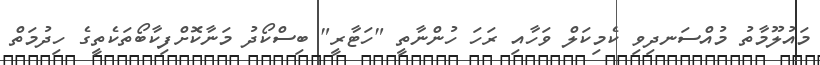
މައުލޫމާތު މުއްސަނދިވި ކެމިކަލް ވަހާއި ރަހަ ހުންނާތީ "ހަޓާރީ" ބިސްކޯދު މަނާކޮށްފިކާބޯތަކެތީގެ ހިދުމަތް